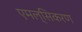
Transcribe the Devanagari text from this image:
एमल्सिकरण